Senior Leaving Certificate Examination (including Day School Certificate (Higher) General paper), 1948
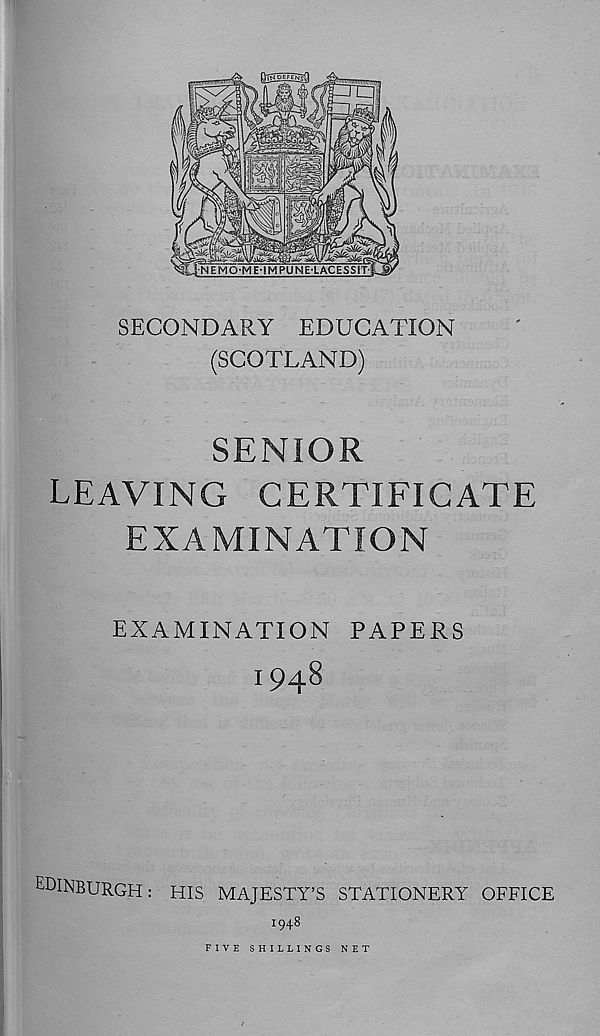
IN Ot££N
^4-
m
Jr'-:
NEMO-ME-IMPUNE-LACESSIT
SECONDARY EDUCATION
(SCOTLAND)
SENIOR
LEAVING CERTIFICATE
EXAMINATION
EXAMINATION PAPERS
1948
EDINBURGH: HIS MAJESTY’S STATIONERY OFFICE
1948
FIVE SHILLINGS NET